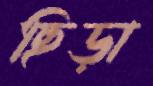
ছিড়া